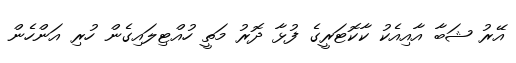
އޭރު ޝަބާ އާއިއެކު ކާކޮޓަރީގެ ފުޅާ ދޮރު މަތީ ހުއްޓިލައިގެން ހުރި އަންހެން